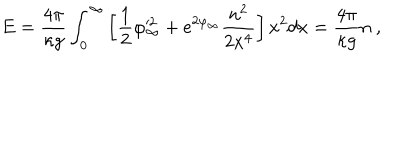
LaTeX: E = \frac { 4 \pi } { \kappa g } \int _ { 0 } ^ { \infty } \left[ \frac { 1 } { 2 } \varphi _ { \infty } ^ { 2 } + e ^ { 2 \varphi _ { \infty } } \frac { n ^ { 2 } } { 2 x ^ { 4 } } \right] x ^ { 2 } d x = \frac { 4 \pi } { \kappa g } n \ ,